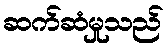
ဆက်ဆံမှုသည်